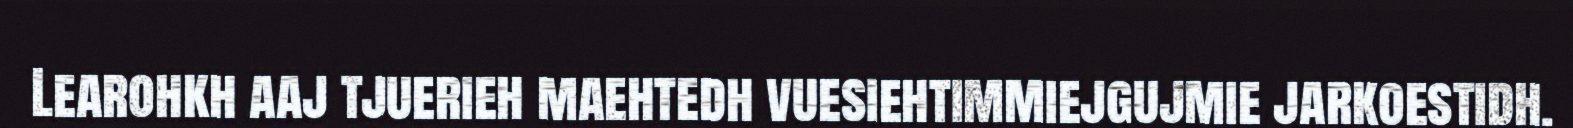
Learohkh aaj tjuerieh maehtedh vuesiehtimmiejgujmie jarkoestidh.